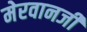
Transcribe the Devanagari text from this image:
मेरवानजी